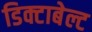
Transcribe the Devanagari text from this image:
डिक्टाबेल्ट